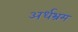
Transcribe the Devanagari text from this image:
अर्धभ्रम